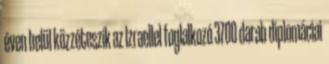
éven belül közzéteszik az Izraellel foglalkozó 3700 darab diplomáciai